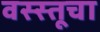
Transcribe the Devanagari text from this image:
वस्स्तूचा